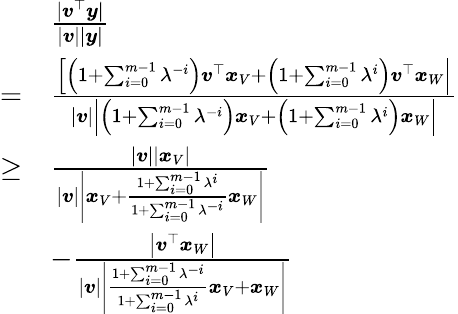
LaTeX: \begin{array}{rl}&{\frac{|\boldsymbol{v}^{\top}\boldsymbol{y}|}{|\boldsymbol{v}||\boldsymbol{y}|}}\\ {=}&{\frac{\left[\left(1+\sum_{i=0}^{m-1}\lambda^{-i}\right)\boldsymbol{v}^{\top}\boldsymbol{x}_{V}+\left(1+\sum_{i=0}^{m-1}\lambda^{i}\right)\boldsymbol{v}^{\top}\boldsymbol{x}_{W}\right|}{|\boldsymbol{v}|\left|\left(1+\sum_{i=0}^{m-1}\lambda^{-i}\right)\boldsymbol{x}_{V}+\left(1+\sum_{i=0}^{m-1}\lambda^{i}\right)\boldsymbol{x}_{W}\right|}}\\ {\geq}&{\frac{|\boldsymbol{v}|\left|\boldsymbol{x}_{V}\right|}{|\boldsymbol{v}|\left|\boldsymbol{x}_{V}+\frac{1+\sum_{i=0}^{m-1}\lambda^{i}}{1+\sum_{i=0}^{m-1}\lambda^{-i}}\boldsymbol{x}_{W}\right|}}\\ &{-\frac{\left|\boldsymbol{v}^{\top}\boldsymbol{x}_{W}\right|}{|\boldsymbol{v}|\left|\frac{1+\sum_{i=0}^{m-1}\lambda^{-i}}{1+\sum_{i=0}^{m-1}\lambda^{i}}\boldsymbol{x}_{V}+\boldsymbol{x}_{W}\right|}}\end{array}